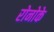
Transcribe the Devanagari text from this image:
रोनोके